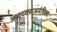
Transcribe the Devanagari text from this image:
आरएक्सअमेरिका